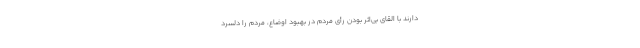
دارند با القای بی‌اثر بودن رأی مردم در بهبود اوضاع، مردم را دلسرد